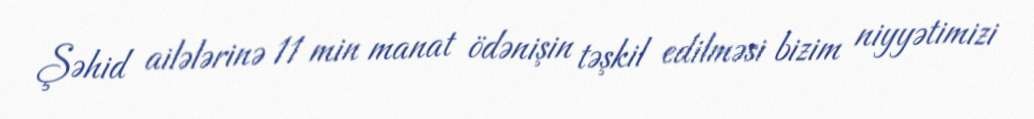
Şəhid ailələrinə 11 min manat ödənişin təşkil edilməsi bizim niyyətimizi